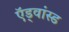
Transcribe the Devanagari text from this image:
ऍड्वांस्ड